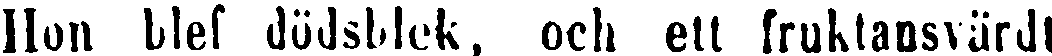
Hon blef dödsblek, och ett fruktansvärdt